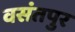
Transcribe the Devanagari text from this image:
वसंतपुर